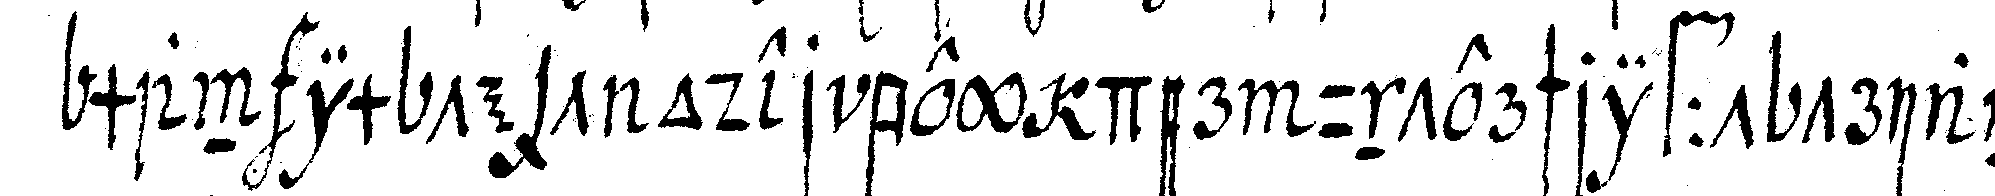
man im text oder bey der unterschrifft trian